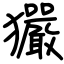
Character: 玁